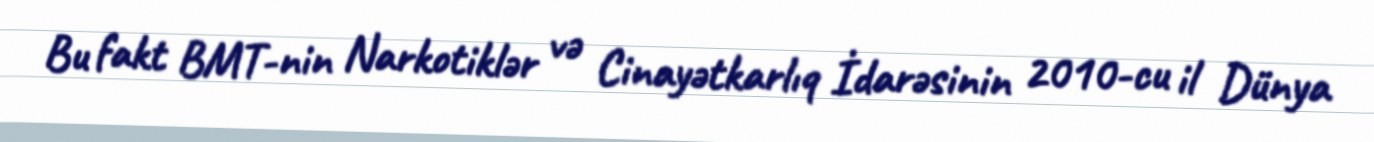
Bu fakt BMT-nin Narkotiklər və Cinayətkarlıq İdarəsinin 2010-cu il Dünya